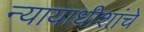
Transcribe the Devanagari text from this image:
न्यायाधीशांचे